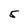
Character: 5